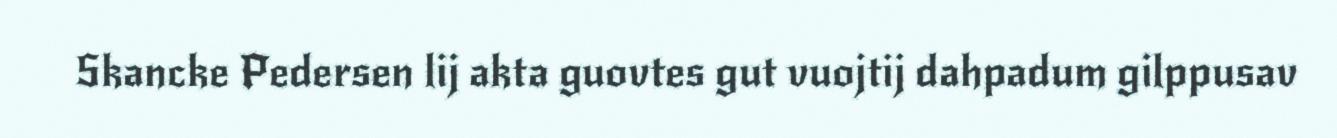
Skancke Pedersen lij akta guovtes gut vuojtij dahpadum gilppusav